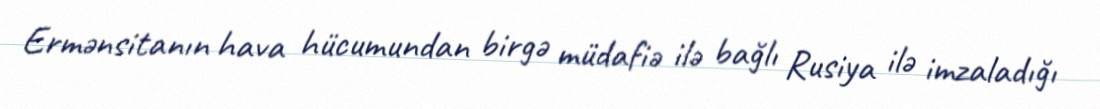
Ermənsitanın hava hücumundan birgə müdafiə ilə bağlı Rusiya ilə imzaladığı